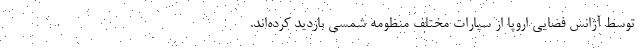
توسط آژانس فضایی اروپا از سیارات مختلف منظومه شمسی بازدید کرده‌اند.